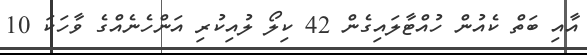
އާއި ބަތް ކެއުން ހުއްޓާލައިގެން 42 ކިލޯ ލުއިކުރި އަންހެނެއްގެ ވާހަކަ 10